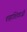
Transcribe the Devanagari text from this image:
शहाशिवाजी